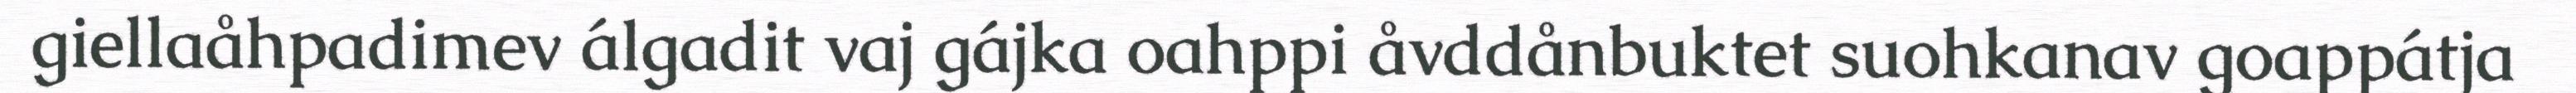
giellaåhpadimev álgadit vaj gájka oahppi åvddånbuktet suohkanav goappátja